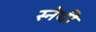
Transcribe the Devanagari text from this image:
स्नेथी